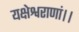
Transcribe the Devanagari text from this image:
यक्षेश्वराणां।।